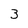
Character: 3